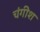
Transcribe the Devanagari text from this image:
चंगीश